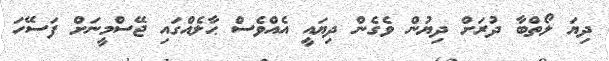
ދިޔަ ލޯތްބާ ދުރަށް ދިޔުން ވެގެން ދިޔައީ އެއްވެސް ޙާލެއްގައި ޖޭސްމީނަށް ފަސޭހަ